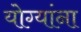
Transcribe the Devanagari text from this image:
योग्यांना